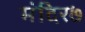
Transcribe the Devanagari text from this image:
मंदिर७